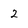
Character: 2